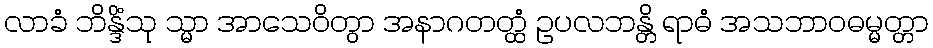
လာခံ ဘိန္ဒိံသု သ္မာ အာသေဝိတွာ အနာဂတတ္ထံ ဥပလဘန္တိ ရာဓံ အသဘာဝဓမ္မတ္တာ